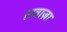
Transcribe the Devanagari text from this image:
लवाज़ा